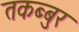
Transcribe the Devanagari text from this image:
तकब्बुर